Vao_vallavalitsus, lk 20
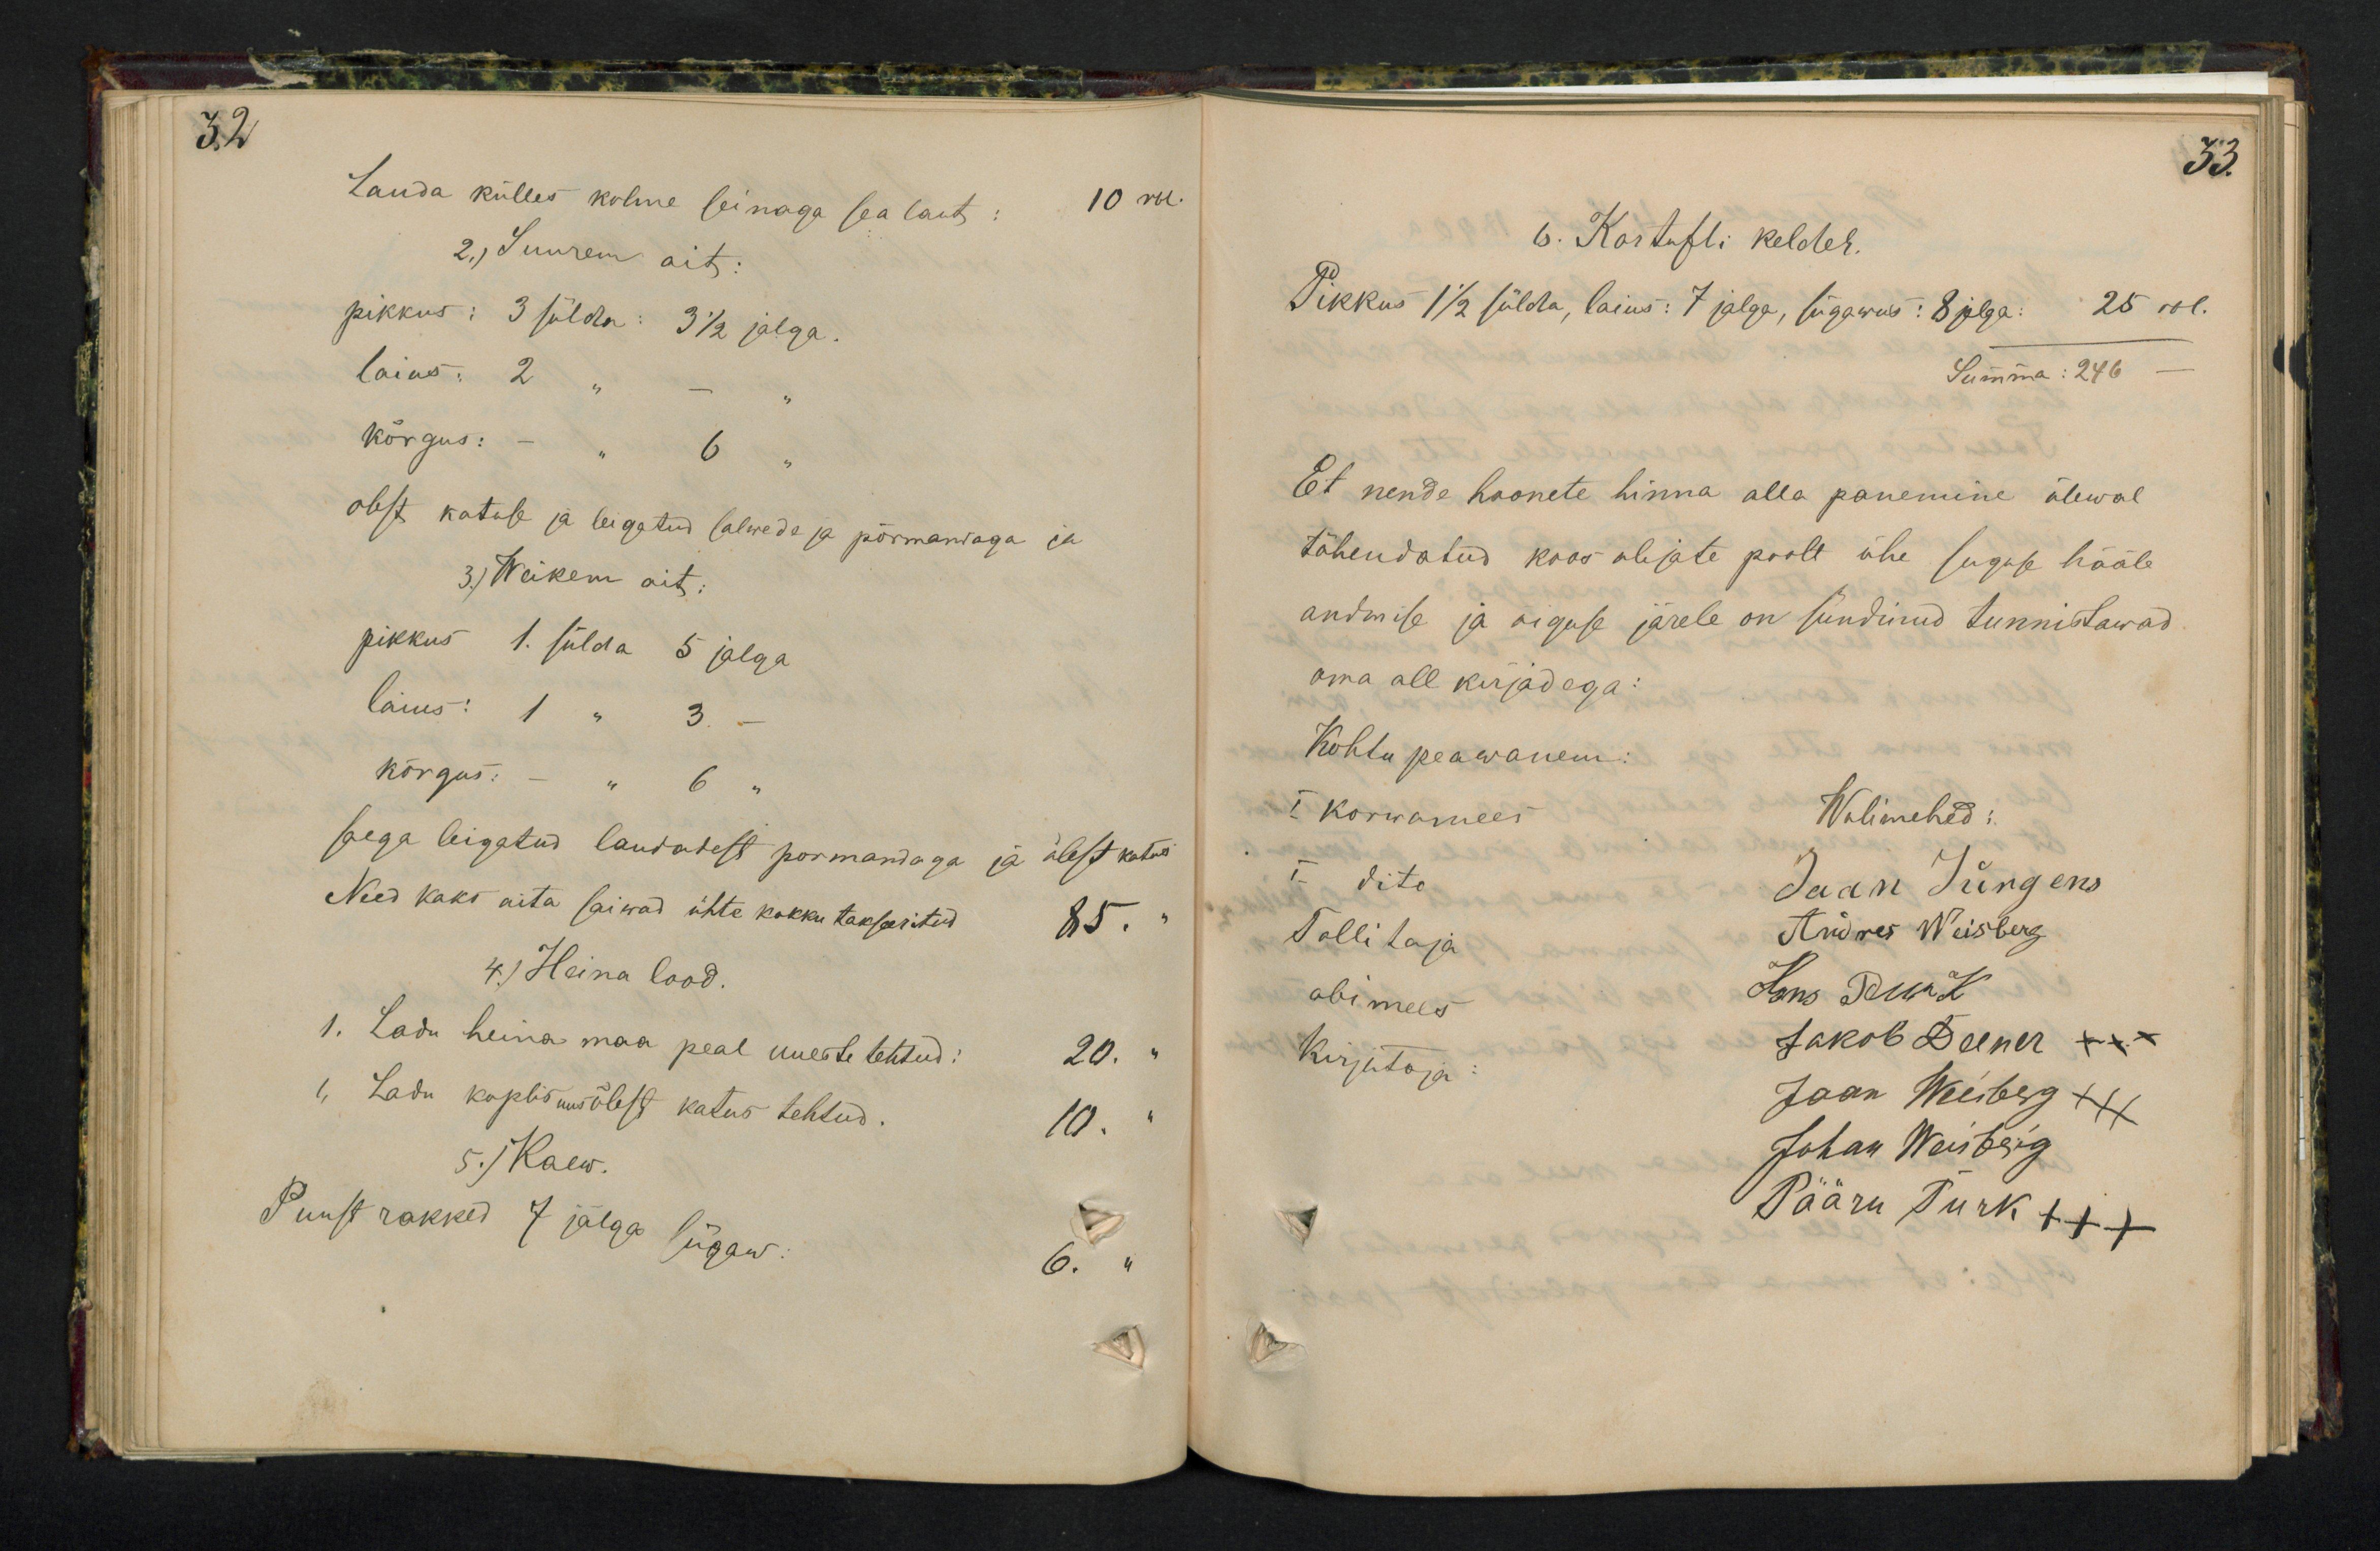
32

Lauda külles kolme seinaga sea laut: 10 rbl.
2.) Suurem ait:
pikkus: 3 sülda: 3 1/2 jalga.
laius: 2 "
kõrgus: - " 6
olest katuse ja leigatud salwede ja põrmandaga ja
3) Weikem ait:
pikkus 1. sülda 5 jalga
laius: 1 " 3 "
kõrgus: - " 6
saega leigatud laudadest põrmandaga ja õlest katus
Need kaks aita saiwad ühte kokku takseeritud 85. "
4.) Heina laod.
1. Ladu heina maa peal uueste tehtud: 20. "
1, Ladu koplis uus õlest katus tehtud. 10. "
5.) Kaew.
6. 4. Puust rakked 7 jalga sügaw 6. "

33.
6. Kartufli kelder.
Pikkus 1 1/2 sülda, laius: 7 jalga, süggawus: 8 jalga:  25 rbl.
Summa: 246
Et nende hoonete hinna alla panemine ülewal
tähendatud koos olejate poolt ühe suguse hääle
andmise ja oiguse järele on sündinud tunnistawad.
oma all kirjadega:
Kohtu peawanem
I. Korwamees
Wolimehed:
I- dito
Jaan Jürgens
Tallitaja.
Andres Weisberg
abimees
Hans Deener
Kirjutaja
Jakob Deener XXX
Jaan Weiberg XXX
Johan Weiberg
Pääru Turk XXX